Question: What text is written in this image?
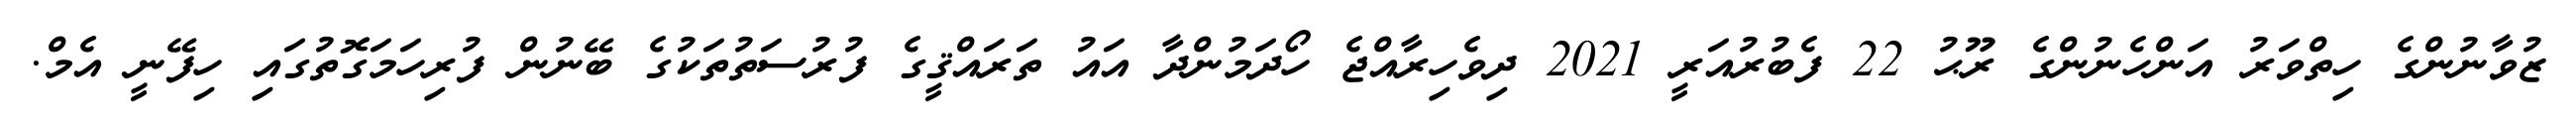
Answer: ޒުވާނުންގެ ހިތްވަރު އަންހެނުންގެ ރޫޙު 22 ފެބުރުއަރީ 2021 ދިވެހިރާއްޖެ ހޯދަމުންދާ އައު ތަރައްޤީގެ ފުރުސަތުތަކުގެ ބޭނުން ފުރިހަމަގޮތުގައި ހިފޭނީ އެމް.